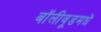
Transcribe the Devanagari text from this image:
बॉलीवूडमधे